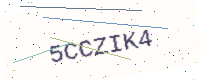
Text: 5CCZIK4